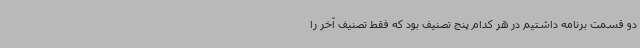
دو قسمت برنامه داشتیم در هر کدام پنج تصنیف بود که فقط تصنیف آخر را